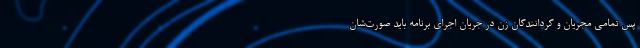
پس تمامی مجریان و گردانندگان زن در جریان اجرای برنامه باید صورت‌شان